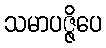
သမာပဇ္ဇိပေ